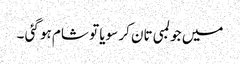
میں جو لمبی تان کر سویا تو شام ہو گئی ۔